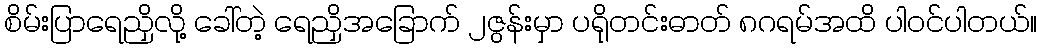
စိမ်းပြာရေညှိလို့ ခေါ်တဲ့ ရေညှိအခြောက် ၂ဇွန်းမှာ ပရိုတင်းဓာတ် ၈ဂရမ်အထိ ပါဝင်ပါတယ်။